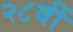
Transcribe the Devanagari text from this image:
२८वीं